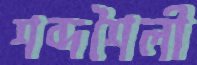
শব্দশৈলী